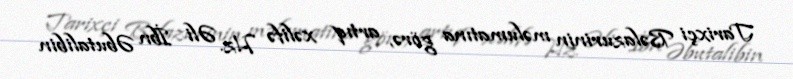
Tarixçi Bəlazurinin məlumatına görə, artıq xəlifə Hz. Əli İbn Əbutalibin